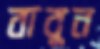
বাবুন